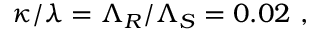
\kappa / \lambda = \Lambda _ { R } / \Lambda _ { S } = 0 . 0 2 \ ,